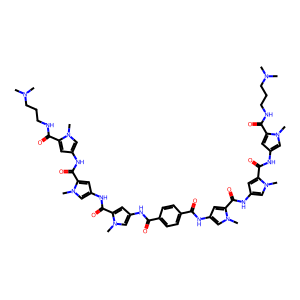
SMILES: CN(C)CCCNC(=O)c1cc(NC(=O)c2cc(NC(=O)c3cc(NC(=O)c4ccc(C(=O)Nc5cc(C(=O)Nc6cc(C(=O)Nc7cc(C(=O)NCCCN(C)C)n(C)c7)n(C)c6)n(C)c5)cc4)cn3C)cn2C)cn1C
Inhibits HIV replication: No